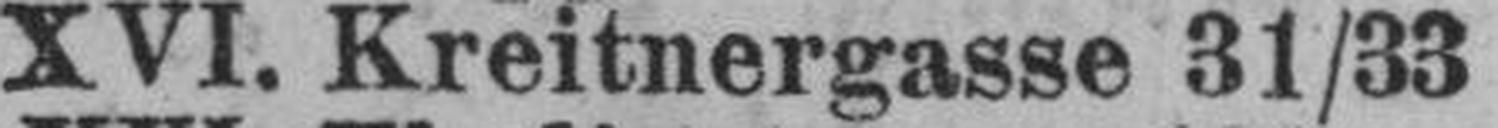
XVI. Kreitnergasse 31/33